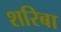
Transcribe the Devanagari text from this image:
शरिबा